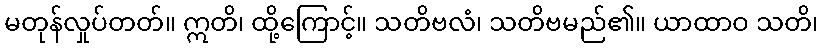
မတုန်လှုပ်တတ်။ ဣတိ၊ ထို့ကြောင့်။ သတိဗလံ၊ သတိဗမည်၏။ ယာထာဝ သတိ၊